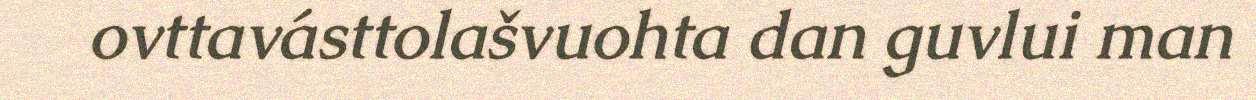
ovttavásttolašvuohta dan guvlui man